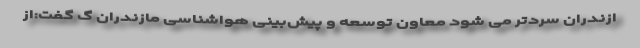
ازندران سردتر می شود معاون توسعه و پیش‌بینی هواشناسی مازندران گ گفت:از